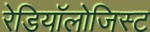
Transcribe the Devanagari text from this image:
रेडियॉलोजिस्ट